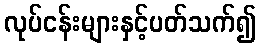
လုပ်ငန်းများနှင့်ပတ်သက်၍